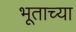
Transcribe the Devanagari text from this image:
भूताच्या